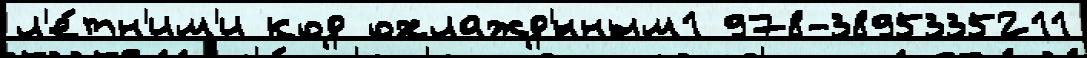
л'е́тн'им'и код охлажд'́нным1 978-3895335211